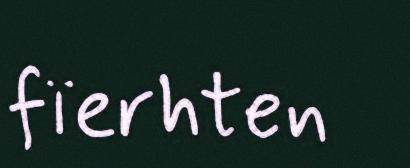
fïerhten